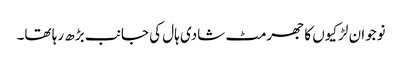
نوجوان لڑکیوں کا جھرمٹ شادی ہال کی جانب بڑھ رہا تھا۔